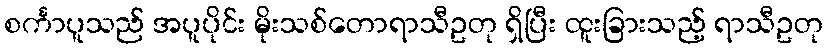
စင်္ကာပူသည် အပူပိုင်း မိုးသစ်တောရာသီဥတု ရှိပြီး ထူးခြားသည့် ရာသီဥတု